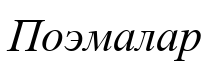
Поэмалар